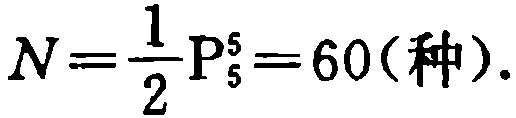
\(N=\frac{1}{2}\mathrm{P}_{5}^{5}=60(\text{种}).\)